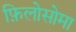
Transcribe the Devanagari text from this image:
फ़िलोसोमा